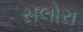
સલોરા